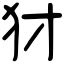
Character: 犲